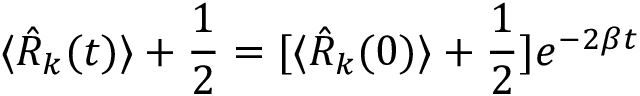
\langle { \hat { R } } _ { k } ( t ) \rangle + { \frac { 1 } { 2 } } = [ \langle { \hat { R } } _ { k } ( 0 ) \rangle + { \frac { 1 } { 2 } } ] e ^ { - 2 \beta t }